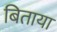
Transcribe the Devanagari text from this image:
बिताया